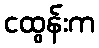
ငထွန်းက